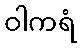
ဝါကရံ